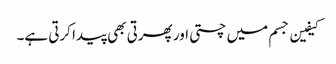
کیفین جسم میں چستی اور پھرتی بھی پیدا کرتی ہے۔